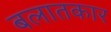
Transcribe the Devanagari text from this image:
बलातकार